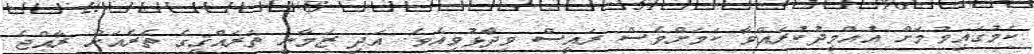
ކަމުގައިވުމަށް އުއްމީދުކުރައްވާ ކަމަށްވެސް ރައީސް ވިދާޅުވިއެވެ. އަދި ޒަމާނީ ތަރައްޤީގެ ތެރެއަށް ރާއްޖެ